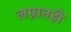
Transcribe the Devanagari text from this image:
लग्नातही